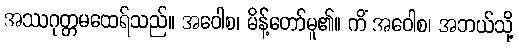
အဿဂုတ္တမထေရ်သည်။ အဝေါစ၊ မိန့်တော်မူ၏။ ကိံ အဝေါစ၊ အဘယ်သို့